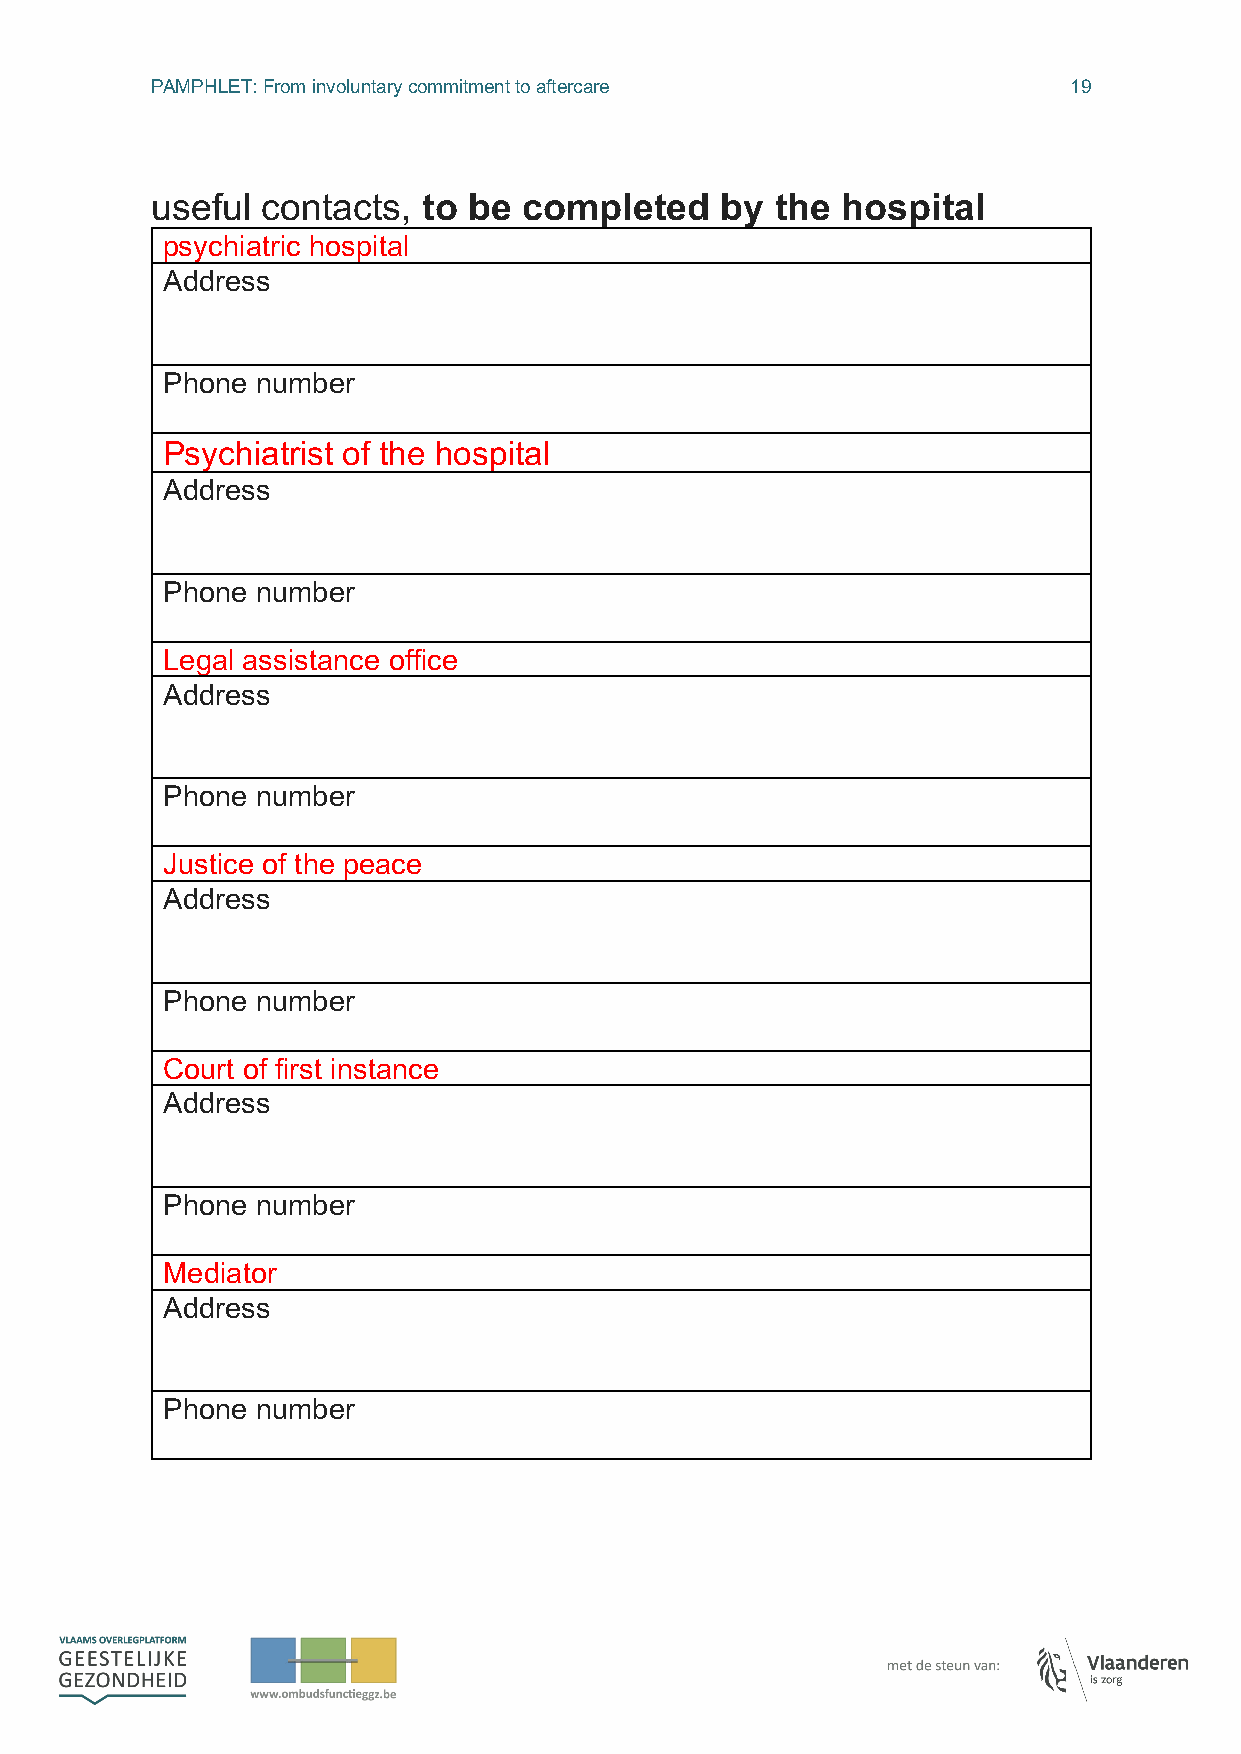
PAMPHLET: From involuntary commitment to aftercare           19
 useful contacts,  to be  completed    by the  hospital
 psychiatric hospital
 Address
 Phone number
 Psychiatrist of the hospital
 Address
 Phone number
 Legal assistance office
 Address
 Phone number
 Justice of the peace
 Address
 Phone number
 Court of first instance
 Address
 Phone number
 Mediator
 Address
 Phone number